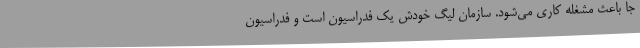
جا باعث مشغله کاری می‌شود. سازمان لیگ خودش یک فدراسیون است و فدراسیون